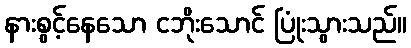
နားစွင့်နေသော ငဘိုးသောင် ပြုံးသွားသည်။